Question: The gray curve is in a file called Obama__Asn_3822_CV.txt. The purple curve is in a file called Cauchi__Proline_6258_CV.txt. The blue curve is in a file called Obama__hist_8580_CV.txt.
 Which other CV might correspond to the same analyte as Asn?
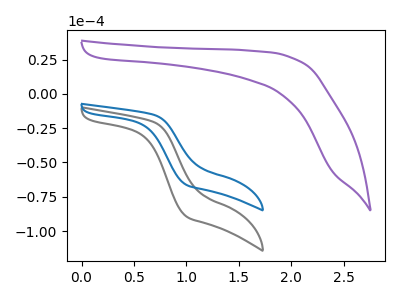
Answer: <think>The gray curve "Asn" has no peaks. The purple curve "Proline" has no peaks. The blue curve "hist" has no peaks.
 Neither "Asn" or "Proline" have any peaks. Neither "Asn" or "hist" have any peaks. Neither "Proline" or "hist" have any peaks.</think>
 <answer>"Asn" and "Proline" have a similar shape to "hist".</answer>
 <eval>"Asn" "Proline"</eval>